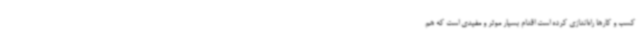
کسب و کارها راه‌اندازی کرده است اقدام بسیار موثر و مفیدی است که هم